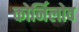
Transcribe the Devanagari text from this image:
कोर्निलोव